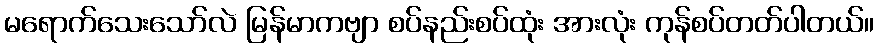
မရောက်သေးသော်လဲ မြန်မာကဗျာ စပ်နည်းစပ်ထုံး အားလုံး ကုန်စပ်တတ်ပါတယ်။